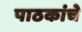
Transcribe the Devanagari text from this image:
पाठकांचे